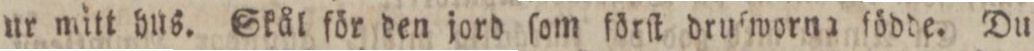
ur mitt hus. Skål för den jord ſom förſt drufworna fördde. Du